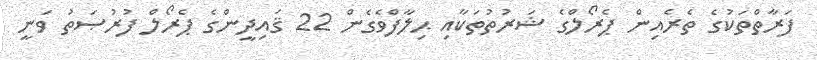
ފަރާތްތަކުގެ ތެރެއިން ޕެރޯލްގެ ޝަރުތުތަކާއި ޙިލާފްވެގެން 22 ޤައިދީންގެ ޕެރޯލް ފުރުޞަތު ވަނީ